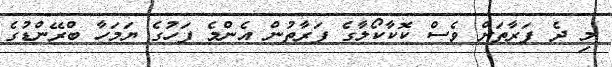
މި ދެ ފަރާތަށް ވެސް ކޮކާކޯލާގެ ފަރާތުން އެންމެ ފަހުގެ ޔަމަހާ ބްރޭންޑުގެ